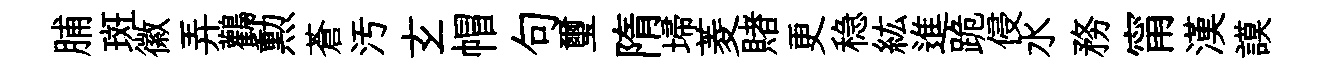
脯斑徽弄鸛勲蒼汚𤣥帽句璽隋埽菱賭更稳紘進跪侵水務甯漢謨